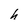
Character: h